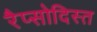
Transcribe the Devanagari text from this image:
रैप्सोदिस्त